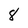
Character: 8